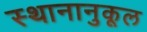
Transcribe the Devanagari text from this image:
स्थानानुकूल